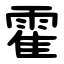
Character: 霍